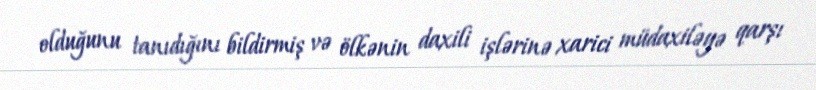
olduğunu tanıdığını bildirmiş və ölkənin daxili işlərinə xarici müdaxiləyə qarşı